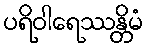
ပရိဝါရေဿန္တိမံ